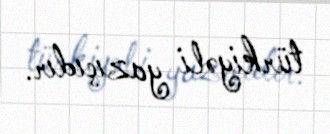
türkiyəli yazıçıdır.